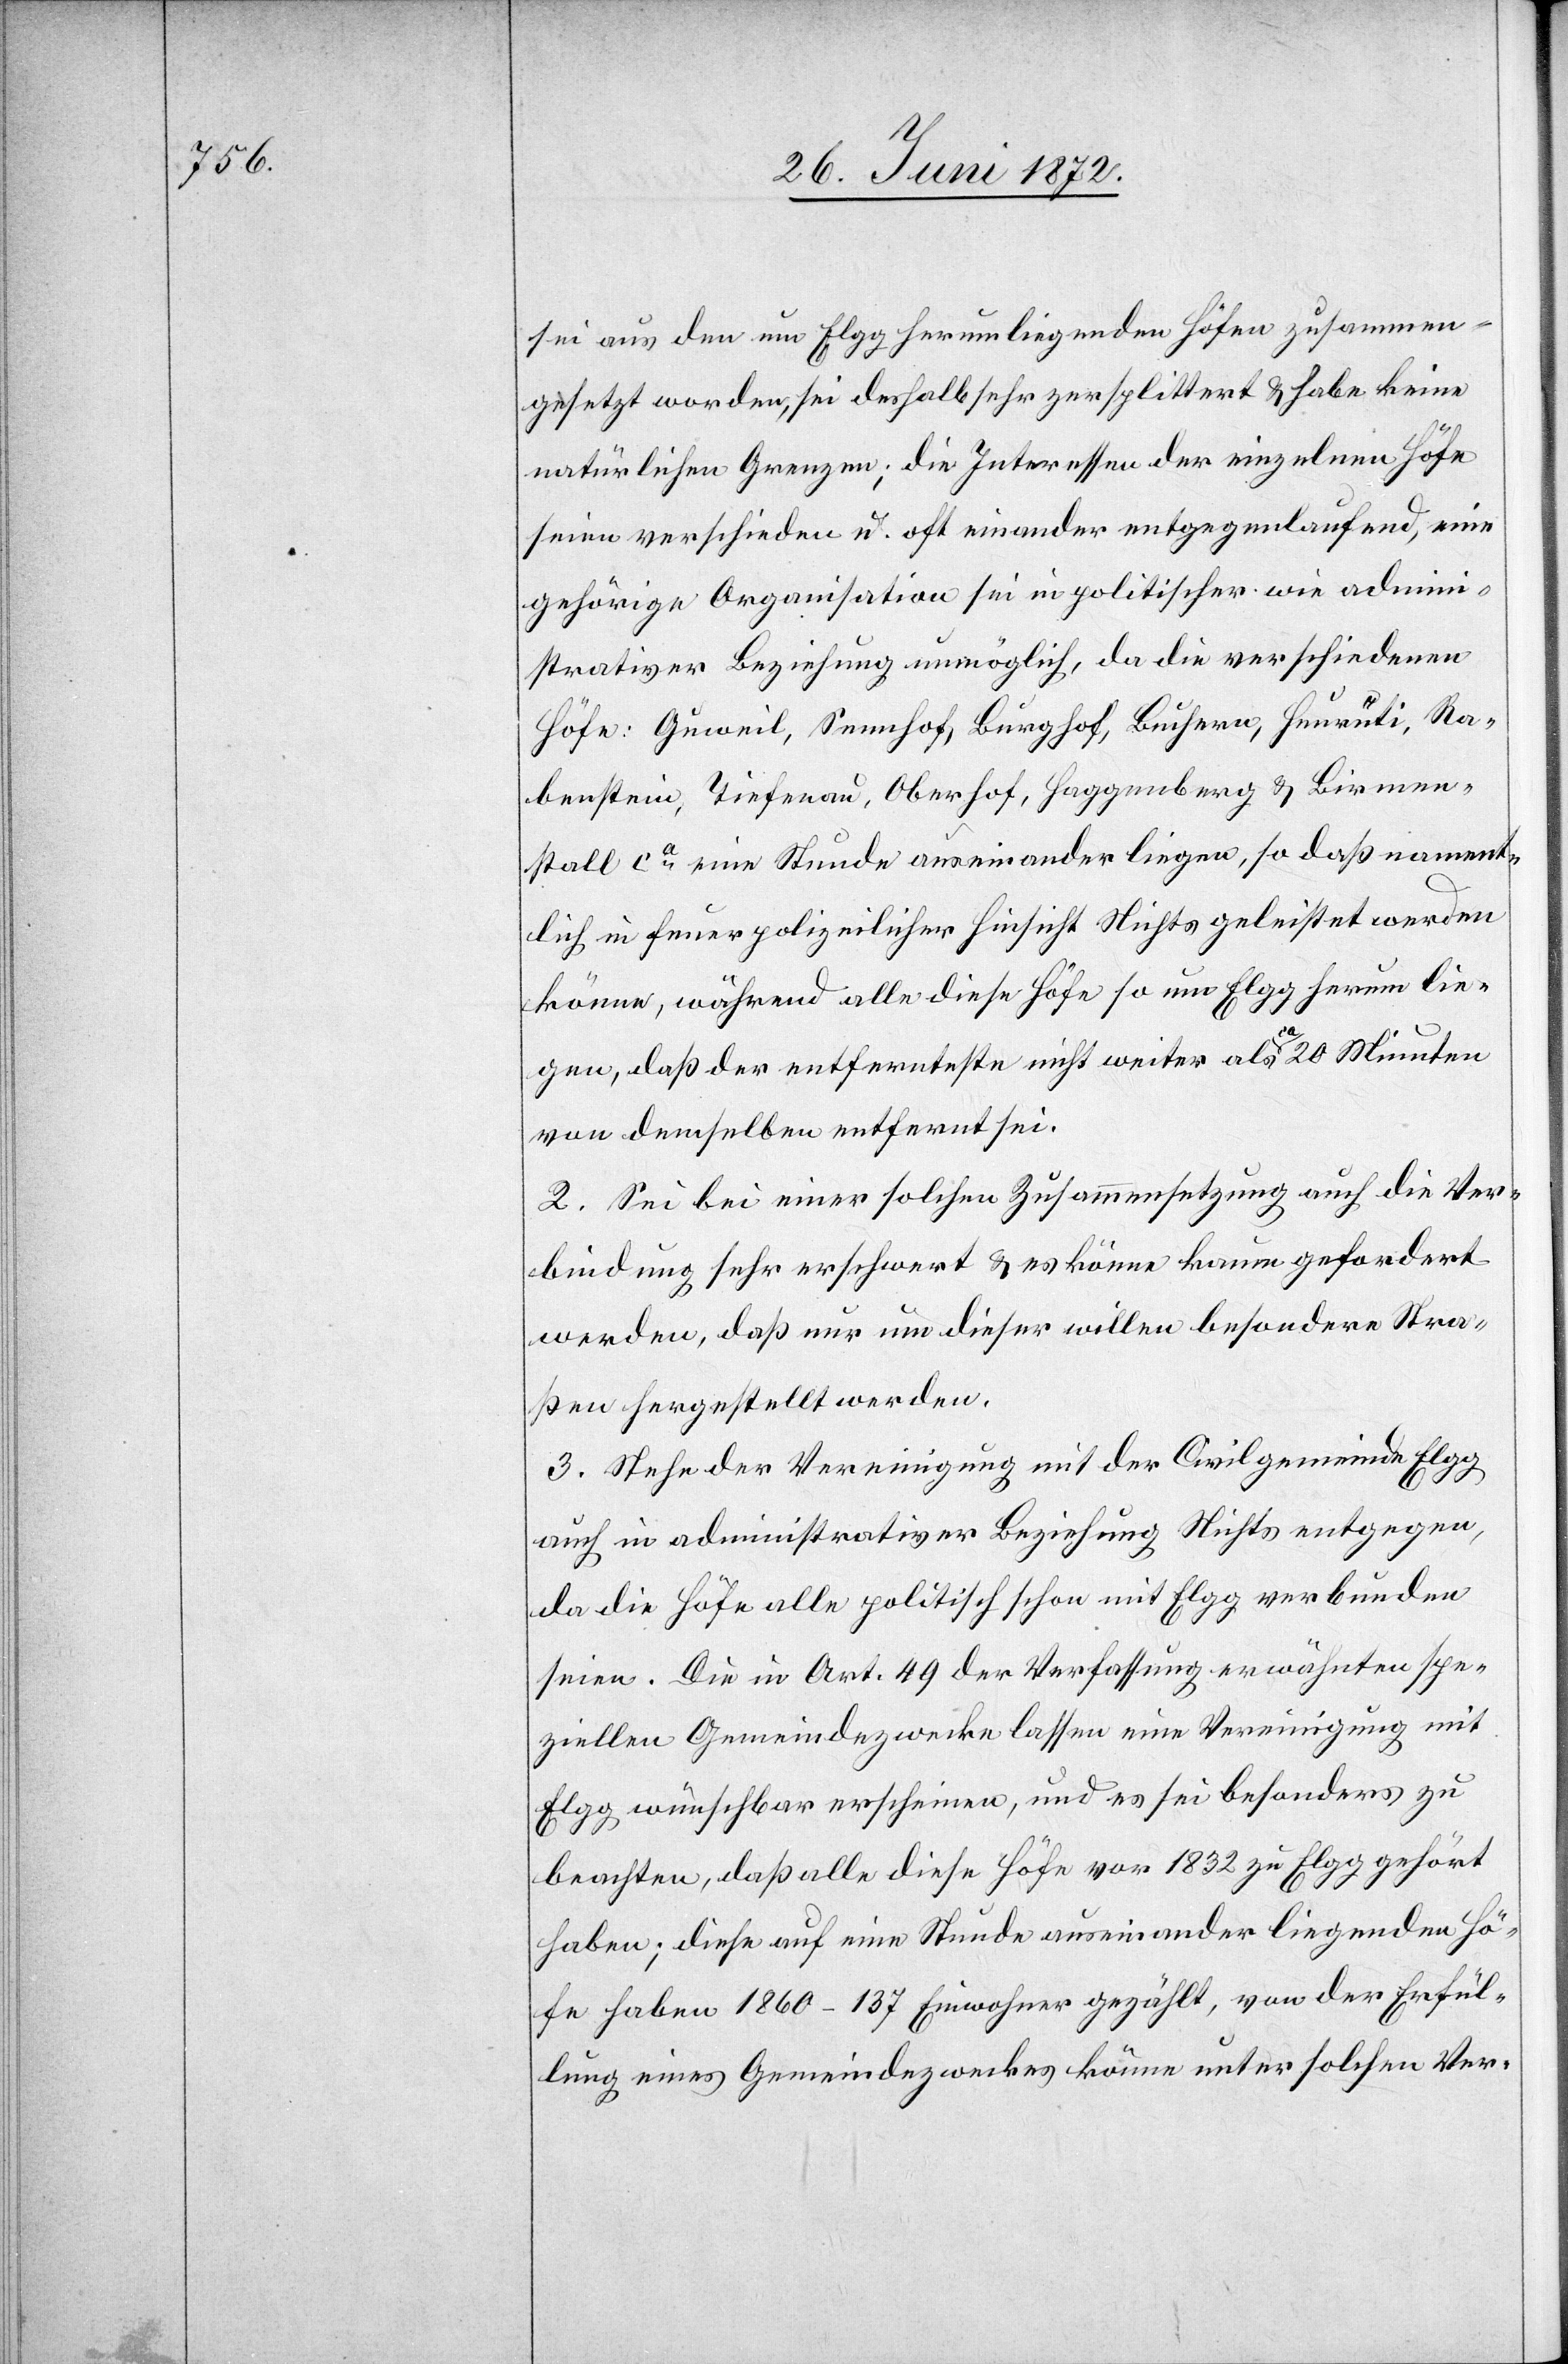
sei aus den um Elgg herumliegenden Höfen zusammen¬
gesetzt worden, sei deshalb sehr zersplittert u. habe keine
natürlichen Grenzen; die Interessen der einzelnen Höfe
seien verschieden u. oft einander entgegenlaufend, eine
gehörige Organisation sei in politischer wie admini¬
strativer Beziehung unmöglich, da die verschiedenen
Höfe: Guweil, Sennhof, Burghof, Buchern, Heurüti, Ra¬
benstein, Tiefenau, Oberhof, Haggenberg u. Birmen¬
stall ca eine Stunde auseinander liegen, so daß nament¬
lich in feuerpolizeilicher Hinsicht Nichts geleistet werden
könne, während alle diese Höfe so um Elgg herum lie¬
gen, daß der entfernteste nicht weiter als ca 20 Minuten
von demselben entfernt sei.
2. Sei bei einer solchen Zusammensetzung auch die Ver¬
bindung sehr erschwert u. es könne kaum gefordert
werden, daß nur um dieser willen besondere Stra¬
ßen hergestellt werden.
3. Stehe der Vereinigung mit der Civilgemeinde Elgg
auch in administrativer Beziehung Nichts entgegen,
da die Höfe alle politisch schon mit Elgg verbunden
seien. Die in Art. 49 der Verfassung erwähnten spe¬
ziellen Gemeindezwecke lassen eine Vereinigung mit
Elgg wünschbar erscheinen, und es sei besonders zu
beachten, daß alle diese Höfe vor 1832 zu Elgg gehört
haben; diese auf eine Stunde auseinander liegenden Hö¬
fe haben 1860 – 137 Einwohner gezählt, von der Erfül¬
lung eines Gemeindezweckes könne unter solchen Ver-